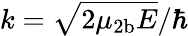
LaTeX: k=\sqrt{2\mu_{\mathrm{2b}}E}/\hbar